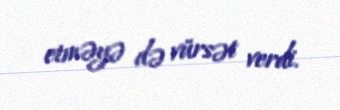
etməyə də vürsət verdi.